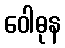
ဝေါဓုန